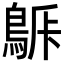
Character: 𪁯